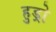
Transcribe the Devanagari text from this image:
हुड्रो